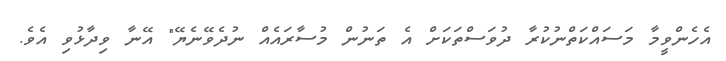
އެހެންވީމާ މަސައްކަތްނުކުރާ ދުވަސްތަކަށް އެ ތަނުން މުސާރައެއް ނުދެވޭނެޔޭ" އޭނާ ވިދާޅުވި އެވެ.